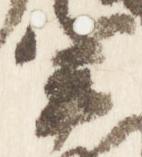
宰